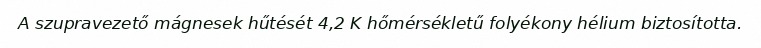
A szupravezető mágnesek hűtését 4,2 K hőmérsékletű folyékony hélium biztosította.